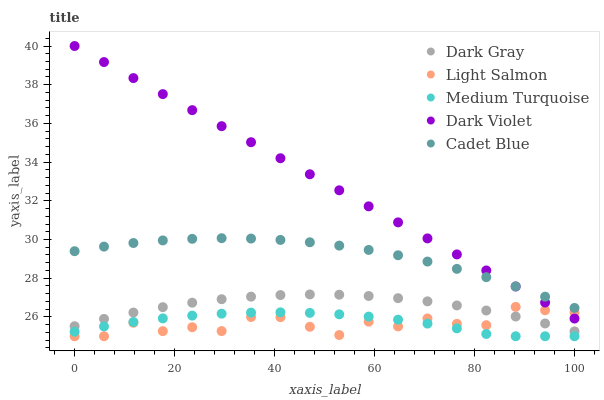
| xaxis_label | Dark Gray | Light Salmon | Medium Turquoise | Dark Violet | Cadet Blue |
 | --- | --- | --- | --- | --- | --- |
 | 0 | 25.5 | 25 | 25.2 | 40 | 29.4 |
 | 5.88 | 25.9 | 25 | 25.5 | 39.2 | 29.6 |
 | 11.8 | 26.2 | 25.7 | 25.7 | 38.3 | 29.8 |
 | 17.6 | 26.5 | 25.3 | 25.9 | 37.5 | 30 |
 | 23.5 | 26.7 | 25.5 | 26.1 | 36.7 | 30 |
 | 29.4 | 26.9 | 25.3 | 26.2 | 35.9 | 30.1 |
 | 35.3 | 27 | 26 | 26.2 | 35 | 30 |
 | 41.2 | 27.1 | 26 | 26.2 | 34.2 | 30 |
 | 47.1 | 27.2 | 25.5 | 26.2 | 33.4 | 29.9 |
 | 52.9 | 27.1 | 25.1 | 26.1 | 32.5 | 29.7 |
 | 58.8 | 27.1 | 25.8 | 26 | 31.7 | 29.5 |
 | 64.7 | 27 | 25.5 | 25.9 | 30.9 | 29.2 |
 | 70.6 | 26.8 | 25.9 | 25.7 | 30.1 | 28.9 |
 | 76.5 | 26.6 | 25.6 | 25.4 | 29.2 | 28.5 |
 | 82.4 | 26.3 | 25.6 | 25.1 | 28.4 | 28.1 |
 | 88.2 | 26 | 26.5 | 25 | 27.6 | 27.6 |
 | 94.1 | 25.7 | 26.3 | 25 | 26.7 | 27 |
 | 100 | 25.3 | 26.2 | 25 | 25.9 | 26.5 |